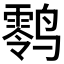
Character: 𱊪